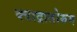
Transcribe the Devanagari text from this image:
क्वाद्रातोरुम